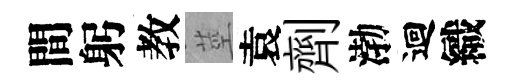
間躬教莖袁劑渤迴織